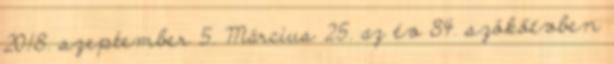
2018. szeptember 5. Március 25. az év 84. szökőévben